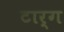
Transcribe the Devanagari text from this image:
टार्ग